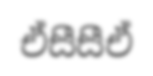
ඒසීසීඒ